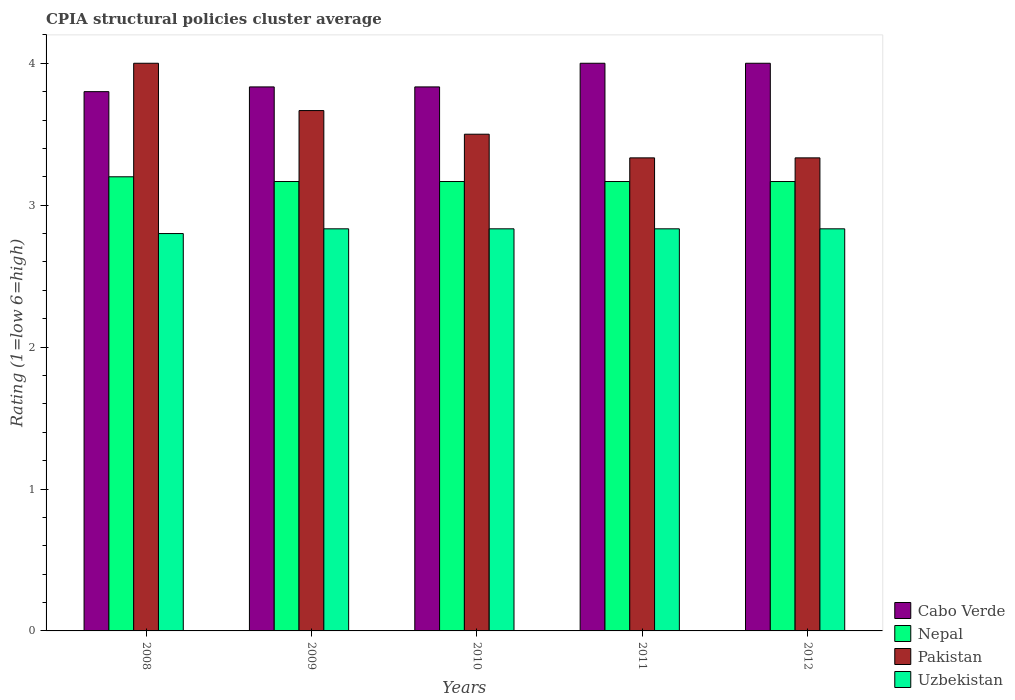
| Years | Cabo Verde | Nepal | Pakistan | Uzbekistan |
 | --- | --- | --- | --- | --- |
 | 2008 | 3.8 | 3.2 | 4 | 2.8 |
 | 2009 | 3.83 | 3.17 | 3.67 | 2.83 |
 | 2010 | 3.83 | 3.17 | 3.5 | 2.83 |
 | 2011 | 4 | 3.17 | 3.33 | 2.83 |
 | 2012 | 4 | 3.17 | 3.33 | 2.83 |